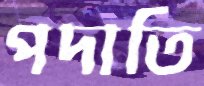
পদাতি